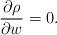
LaTeX: \begin{align*}\frac{\partial\rho}{\partial w}=0.\end{align*}